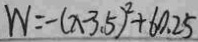
W = - ( x - 3 . 5 ) ^ { 2 } + 6 0 . 2 5